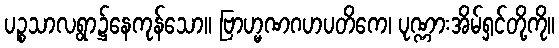
ပဉ္စသာလရွာ၌နေကုန်သော။ ဗြာဟ္မဏဂဟပတိကေ၊ ပုဏ္ဏားအိမ်ရှင်တို့ကို။